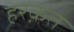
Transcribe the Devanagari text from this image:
हरक़त